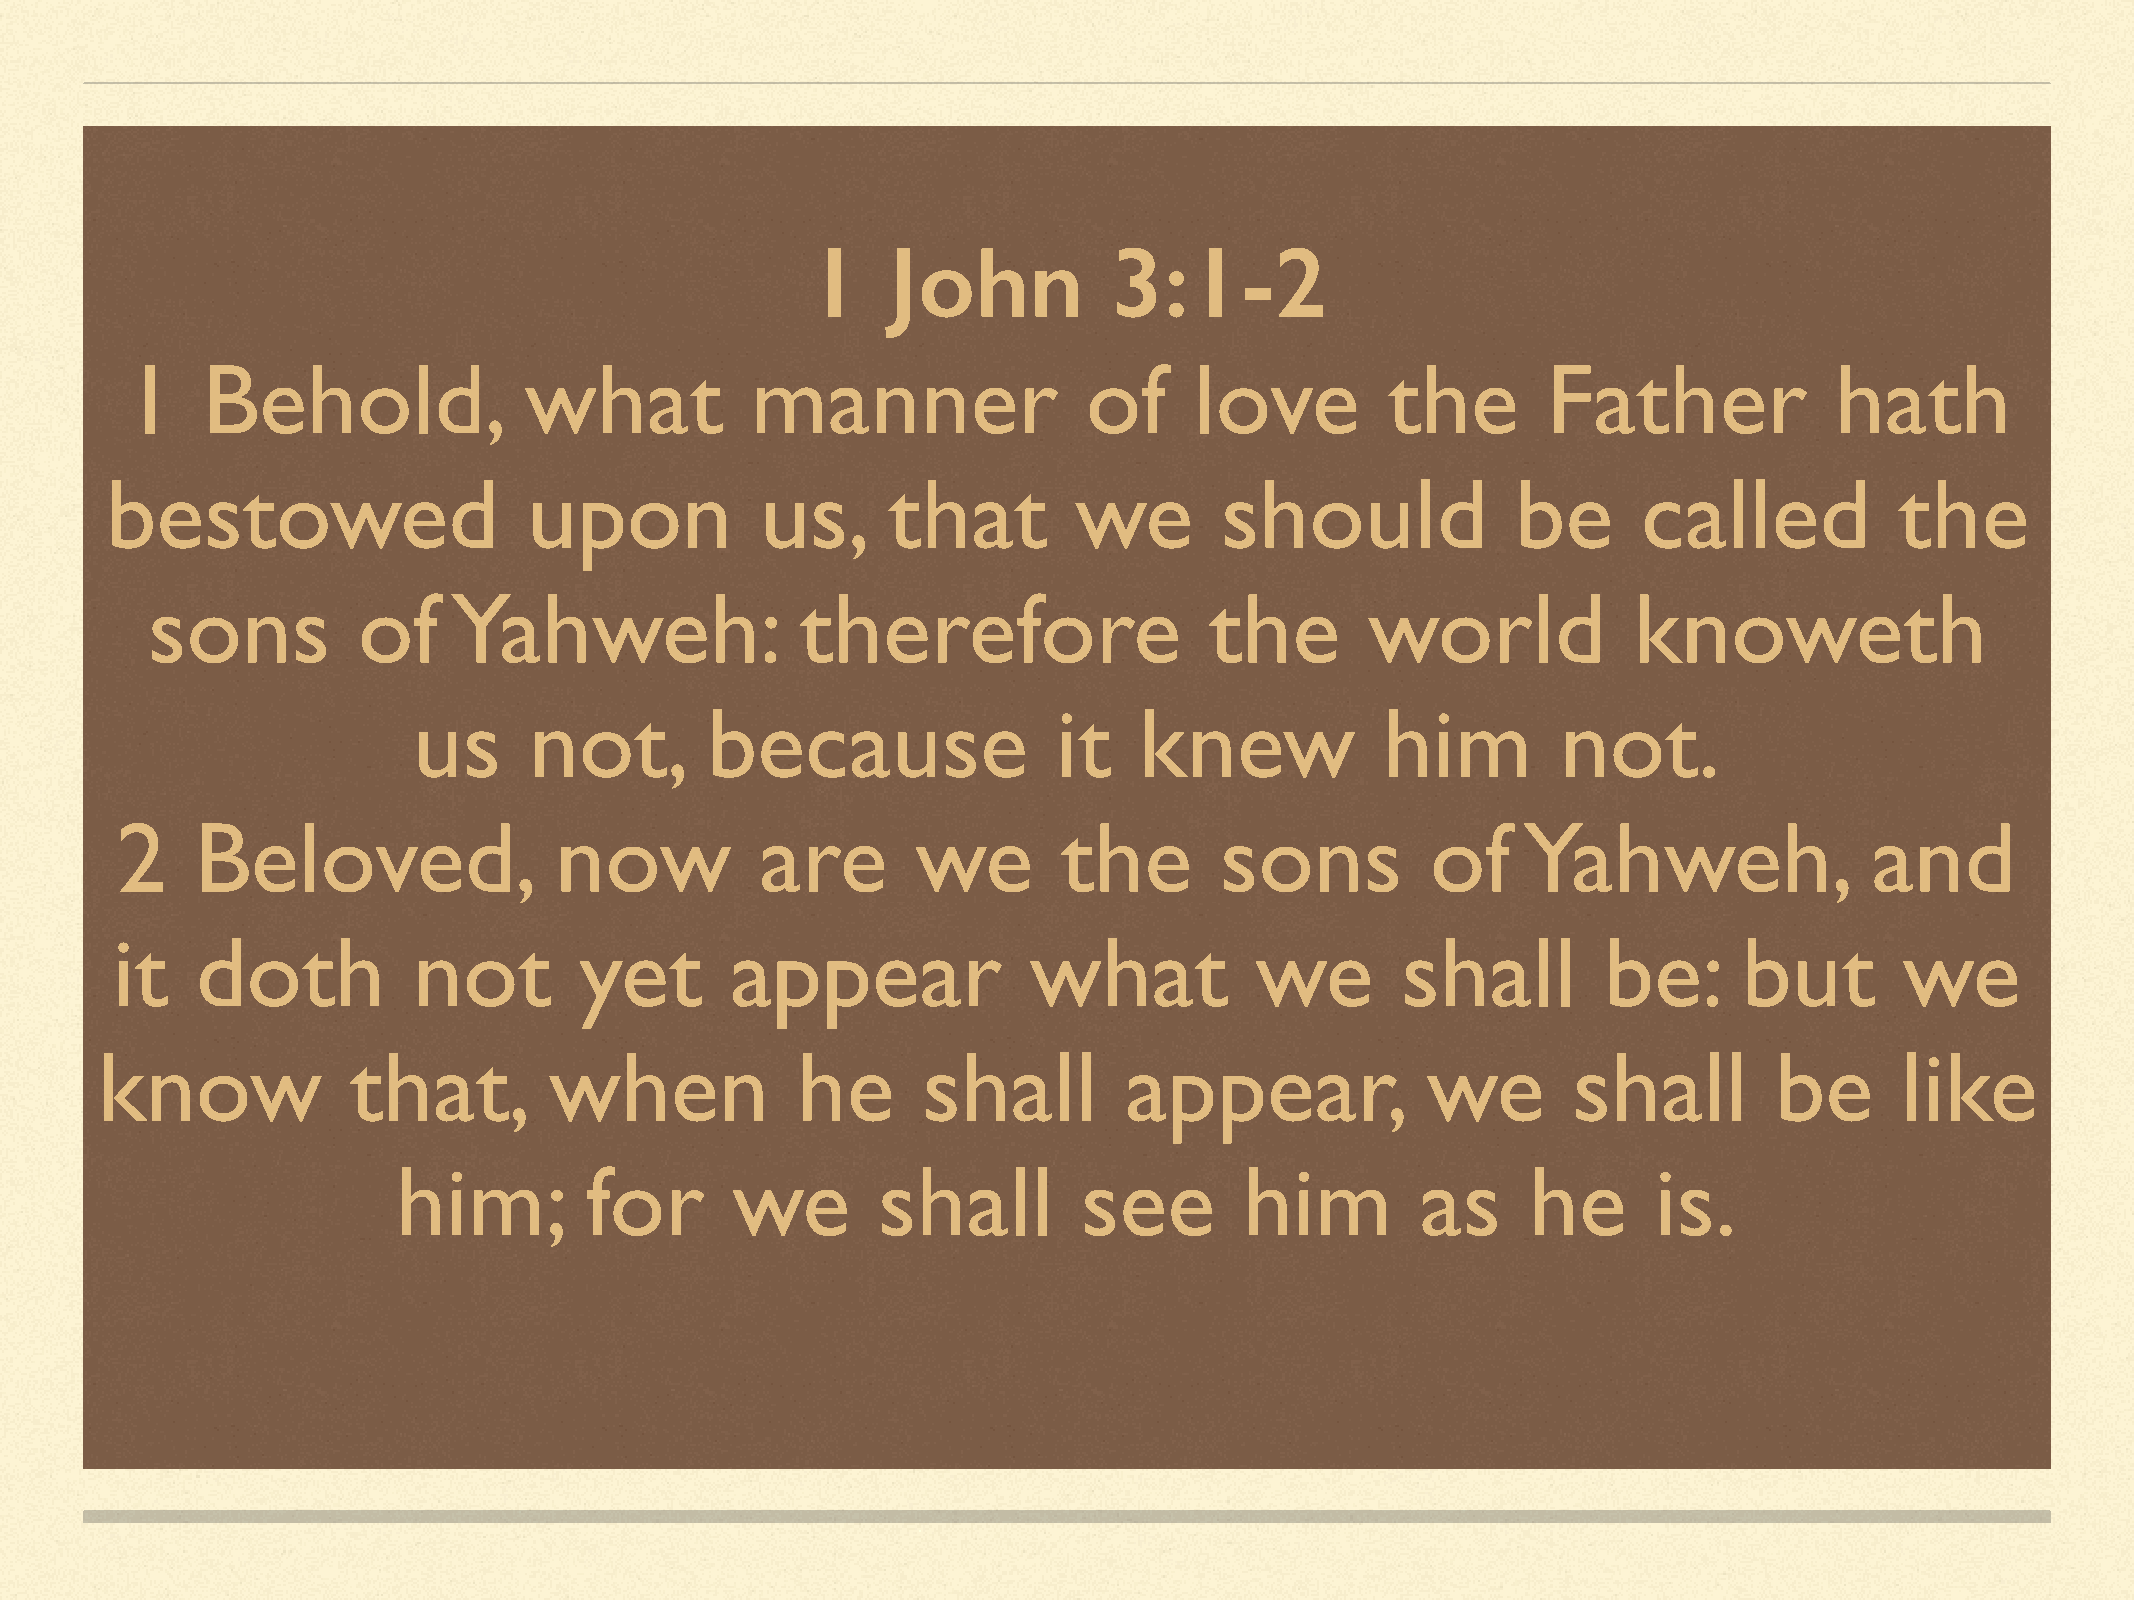
1    John           3:1-2
 1    Behold,               what           manner                of     love         the       Father             hath
 bestowed                    upon           us,      that        we        should             be       called           the
 sons          of    Yahweh:                therefore                  the        world            knoweth
 us      not,        because                it   knew             him        not.
 2    Beloved,                now          are        we       the        sons          of    Yahweh,                and
 it    doth          not        yet       appear              what           we        shall        be:      but        we
 know             that,        when             he      shall        appear,             we        shall        be       like
 him;         for      we        shall         see       him         as     he       is.